Civil Veterinary Department. Madras. Admin. report 1926-33 - 1926-1933
Year: 1926
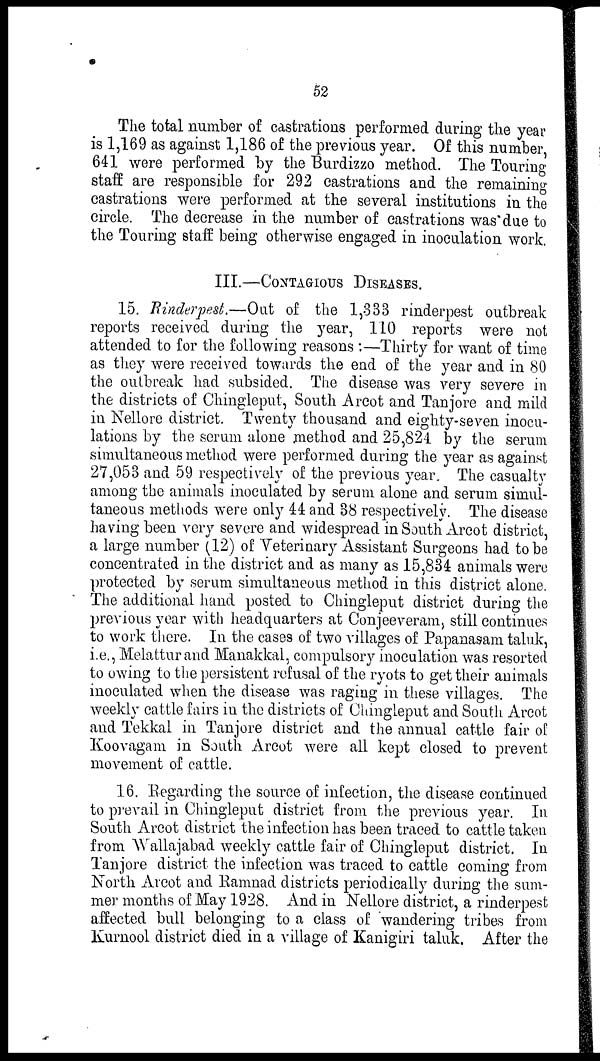
52
The total number of castrations performed during the year
is 1,169 as against 1,186 of the previous year. Of this number,
641 were performed by the Burdizzo method. The Touring
staff are responsible for 292 castrations and the remaining
castrations were performed at the several institutions in the
circle. The decrease in the number of castrations was due to
the Touring staff being otherwise engaged in inoculation work.
III.—CONTAGIOUS DISEASES,
15. Rinderpest.—Out of the 1,833 rinderpest outbreak
reports received during the year, 110 reports were not
attended to for the following reasons :—Thirty for want of time
as they were received towards the end of the year and in 80
the outbreak had subsided. The disease was very severe in
the districts of Chingleput, South Arcot and Tanjore and mild
in Nellore district. Twenty thousand and eighty-seven inocu-
lations by the serum alone method and 25,824 by the serum
simultaneous method were performed during the year as against
27,053 and 59 respectively of the previous year. The casualty
among the animals inoculated by serum alone and serum simul-
taneous methods were only 44 and 38 respectively. The disease
having been very severe and widespread in South Arcot district,
a large number (12) of Veterinary Assistant Surgeons had to be
concentrated in the district and as many as 15,834 animals were
protected by serum simultaneous method in this district alone.
The additional hand posted to Chingleput district during the
previous year with headquarters at Conjeeveram, still continues
to work there. In the cases of two villages of Papanasam taluk,
i.e., Melattur and Manakkal, compulsory inoculation was resorted
to owing to the persistent refusal of the ryots to get their animals
inoculated when the disease was raging in these villages. The
weekly cattle fairs in the districts of Chingleput and South Arcot
and Tekkal in Tanjore district and the annual cattle fair of
Koovagam in South Arcot were all kept closed to prevent
movement of cattle.
16. Regarding the source of infection, the disease continued
to prevail in Chingleput district from the previous year. In
South Arcot district the infection has been traced to cattle taken
from Wallajabad weekly cattle fair of Chingleput district. In
Tanjore district the infection was traced to cattle coming from
North Arcot and Ramnad districts periodically during the sum-
mer months of May 1928. And in Nellore district, a rinderpest
affected bull belonging to a class of wandering tribes from
Kurnool district died in a village of Kanigiri taluk. After the